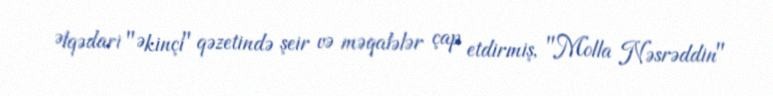
Əlqədari "Əkinçi" qəzetində şeir və məqalələr çap etdirmiş, "Molla Nəsrəddin"